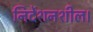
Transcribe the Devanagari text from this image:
निर्देशनशील।